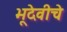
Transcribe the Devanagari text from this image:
भूदेवीचे